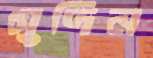
সুদিন